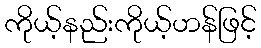
ကိုယ့်နည်းကိုယ့်ဟန်ဖြင့်